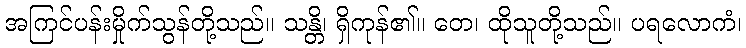
အကြင်ပန်းမှိုက်သွန်တို့သည်။ သန္တိ၊ ရှိကုန်၏။ တေ၊ ထိုသူတို့သည်။ ပရလောကံ၊